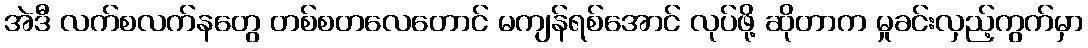
အဲဒီ လက်စလက်နတွေ တစ်စတလေတောင် မကျန်ရစ်အောင် လုပ်ဖို့ ဆိုတာက မှုခင်းလှည့်ကွက်မှာ